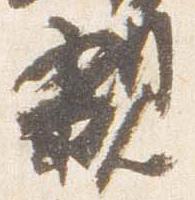
親